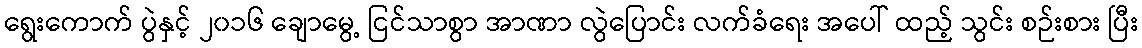
ရွေးကောက် ပွဲနှင့် ၂၀၁၆ ချောမွေ့ ငြင်သာစွာ အာဏာ လွဲပြောင်း လက်ခံရေး အပေါ် ထည့် သွင်း စဉ်းစား ပြီး